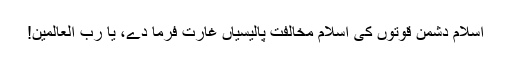
اسلام دشمن قوتوں کی اسلام مخالفت پالیسیاں غارت فرما دے، یا رب العالمین!